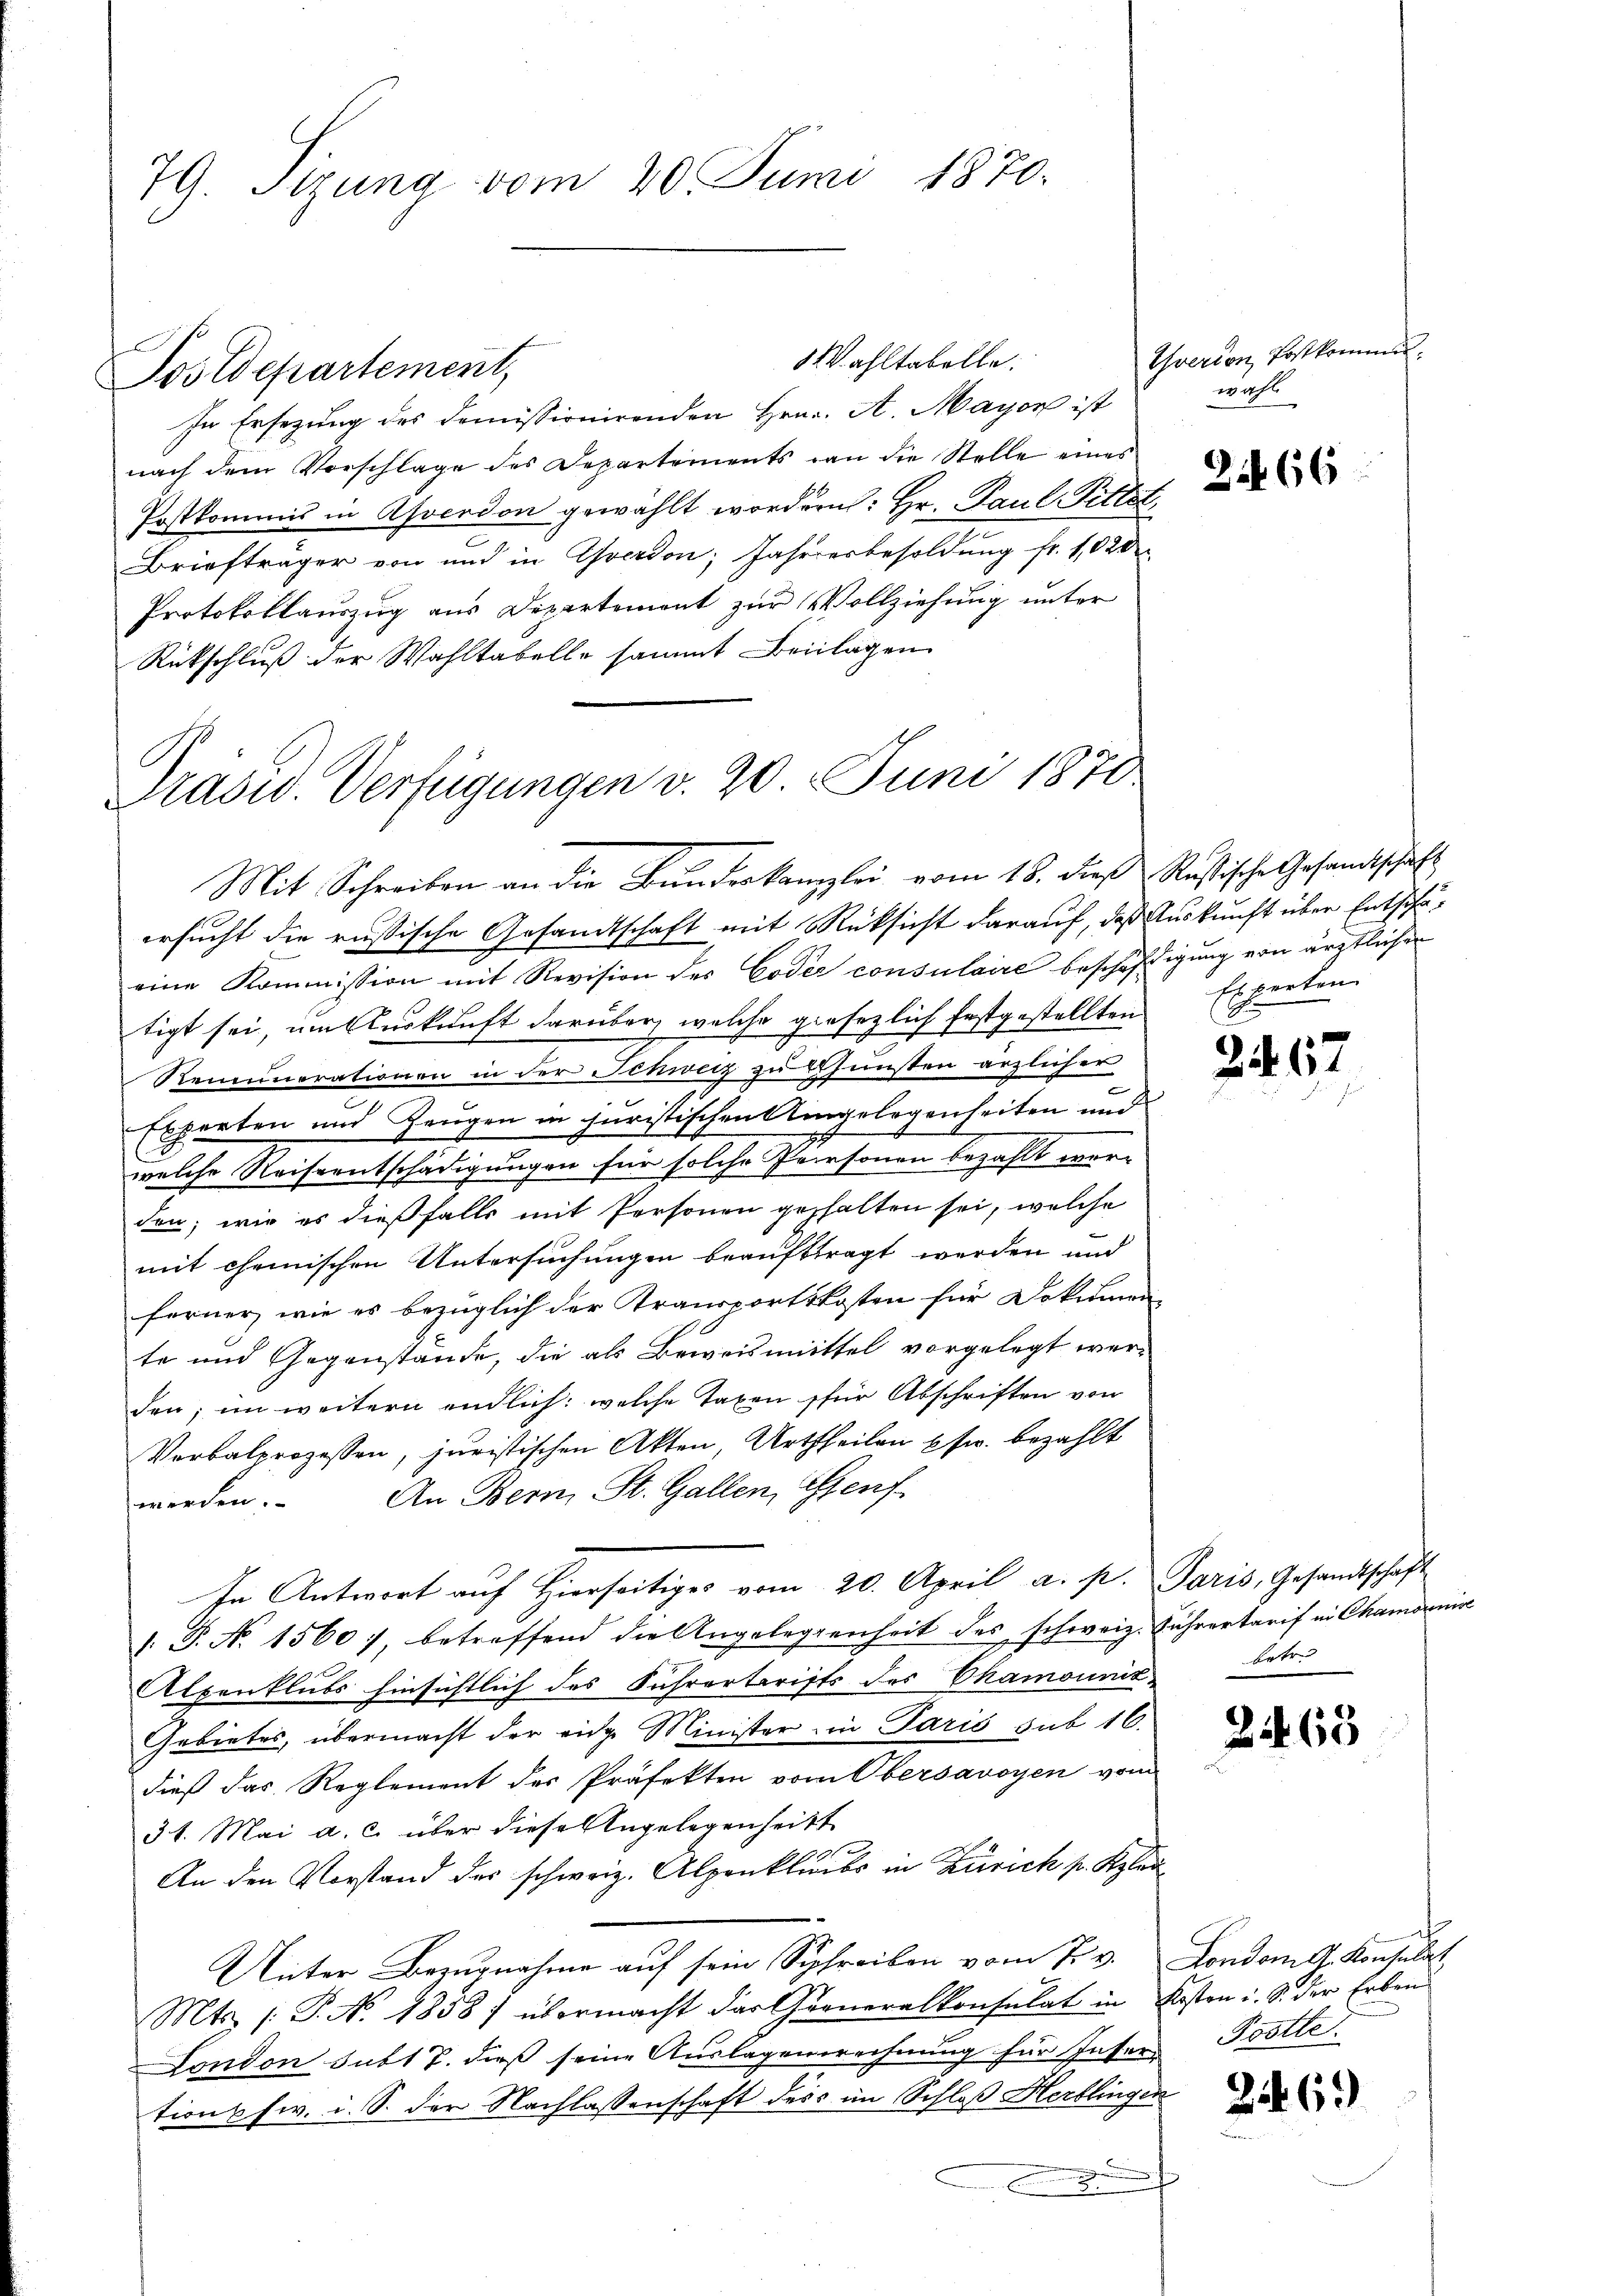
79. Sizung vom 20. Juni 1870.

Postdepartement,
In Ersezung des Domissionirenden Hrn. A. Mayon ist
nach dem Vorschlage des Departements an die Stelle eines
Postkommis in Asverdon gewählt worden: Hr. Paul Pittst
Briefträger von und in Yverdon; Jahrerbesoldung fr. 1020
Protokollauszug aus Departement zur Vollziehung unter
Rückschluß der Wahltabelle sammt Beilagen
Prasw. Verfügungen v. 20. Juni 1870

Wahltabelle.

ersucht die russische Gesandtschaft mit Rücksicht darauf, daß Auskunft über Entschäeine Kommission mit Revision des Coder consulaire beschäftigung von ärztlichen
tigt sei, um Auskunft darüber, welche gesezlich festgestellten
Rememorationen in der Schweiz zu ersunsten ärzlicher
Experten und Zeugen in juristischen Umgelegenheiten und
welche Reiseentschädigungen für solche Personen bezahlt werden; wie es dießfalls mit Personen gehalten sei, welche
mit chemischen Untersuchungen beauftragt werden und
ferner, wie es bezüglich der Transportskosten für Dokumen
te und Gegenstände, die als Beweismittel vorgelegt werden; im weitern endlich: welche Taxen für Abschriften von
Verbalprozessen, juristischen Akten, Urtheilen usw. bezahlt
An Bern, St. Gallen, Genf
werden.
In Antwort auf Hierseitiges vom 20. April a. p. Paris, Gesandtschaft
/: P. Nr. 1560), betreffend die Angelegenheit des schweiz. Führertarif in Chamonise
Alpenklubs hinsichtlich des Führertarists des Chamount-
Gebietes, übermacht der eidge Minister in Paris sub 16.
dieß das Reglement der Präfekten vom Obersavoyen vom
3t. Mai a. c. über diese Angelegenheitt
2
An den Vorstand des schweiz. Alpenklicbs in Zürich pr. Klei
Unter Bezugnahme auf sein Schreiben vom 7. v. London d. Konsulat
Mts /: P. N. 1858) übermacht das Graneralkonsulat in Kosten i. S. der Erben
London subt T. dieß seine Auslagensrechnung für Insers Trotte
tions w. i. S. der Nachlassenschaft ders im Schloß Herblingen
.

Mit Schreiben an die Bundeskanzlei vom 18. dieß Rußische Gesandtschaft

Querer kalkommt.
wahl

2166

Experten
G.

2467

betr.

21465

246)